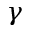
\gamma